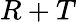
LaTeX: R+T